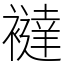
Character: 𧞅